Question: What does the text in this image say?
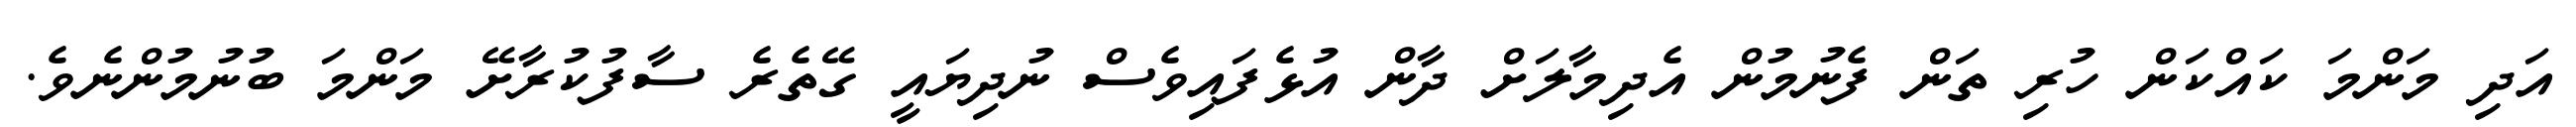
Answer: އަދި މަންމަ ކައްކަން ހުރި ތަން ފެނުމުން އެދިމާލަށް ދާން އުޅެފައިވެސް ނުދިޔައީ ގޭތެރެ ސާފުކުރާށޭ މަންމަ ބުނުމުންނެވެ.